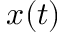
x ( t )